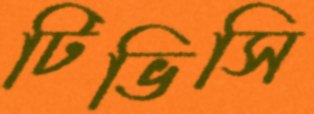
টিভিসি